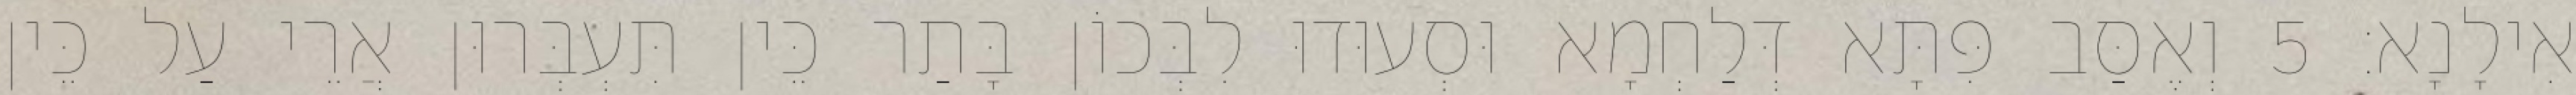
אִילָנָא׃ 5 וְאֶסַּב פִּתָּא דְּלַחְמָא וּסְעוּדוּ לִבְּכוֹן בָּתַר כֵּין תִּעְבְּרוּן אֲרֵי עַל כֵּין